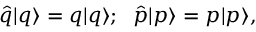
\hat { q } | q \rangle = q | q \rangle ; \; \; \hat { p } | p \rangle = p | p \rangle ,